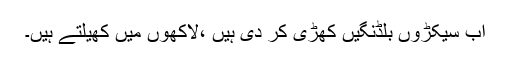
اب سیکڑوں بلڈنگیں کھڑی کر دی ہیں ،لاکھوں میں کھیلتے ہیں۔